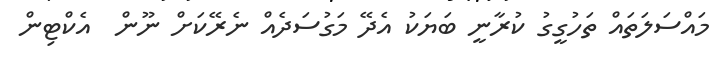
މައްސަލަތައް ތަހުގީގު ކުރާނީ ބަޔަކު އެދޭ މަގުސަދެއް ނެރޭކަށް ނޫން  އެކްޓިން